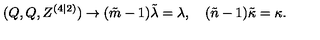
( Q , Q , Z ^ { ( 4 | 2 ) } ) \rightarrow ( \tilde { m } - 1 ) \tilde { \lambda } = \lambda , \quad ( \tilde { n } - 1 ) \tilde { \kappa } = \kappa .